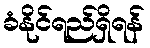
ခံနိုင်ရည်ရှိရန်